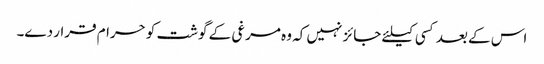
اس کے بعد کسی کیلئے جائز نہیں کہ وہ مرغی کے گوشت کو حرام قرار دے۔